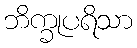
ဘိက္ခုပရိသာ